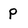
Character: p